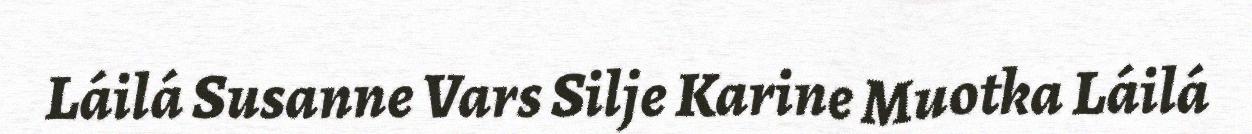
Láilá Susanne Vars Silje Karine Muotka Láilá